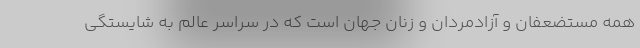
همه مستضعفان و آزادمردان و زنان جهان است که در سراسر عالم به شایستگی